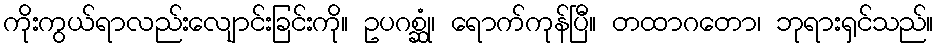
ကိုးကွယ်ရာလည်းလျောင်းခြင်းကို။ ဥပဂစ္ဆုံ၊ ရောက်ကုန်ပြီ။ တထာဂတော၊ ဘုရားရှင်သည်။